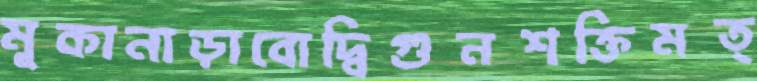
মূকানাড়াবোদ্বিগুনশক্তিমত্